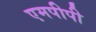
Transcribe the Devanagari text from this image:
एमपीपी